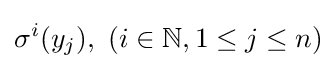
\sigma ^{i}(y_{j}),\ (i\in \mathbb {N} ,1\leq j\leq n)